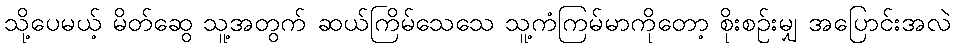
သို့ပေမယ့် မိတ်ဆွေ သူ့အတွက် ဆယ်ကြိမ်သေသေ သူ့ကံကြမ်မာကိုတော့ စိုးစဉ်းမျှ အပြောင်းအလဲ